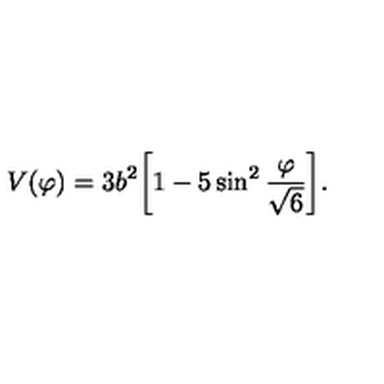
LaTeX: V ( \varphi ) = 3 b ^ { 2 } \biggl [ 1 - 5 \sin ^ { 2 } \frac { \varphi } { \sqrt { 6 } } \biggr ] .